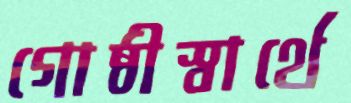
গোষ্ঠীস্বার্থে